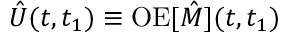
\hat { U } ( t , t _ { 1 } ) \equiv \mathrm { O E } [ \hat { M } ] ( t , t _ { 1 } )